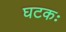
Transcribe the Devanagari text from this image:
घटकः